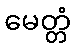
မေတ္တံ